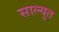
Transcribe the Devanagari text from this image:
साल्युत